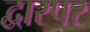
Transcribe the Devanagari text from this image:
द्वारपर